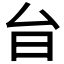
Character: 𭥎